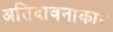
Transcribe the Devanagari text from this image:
अतिदावनाकार